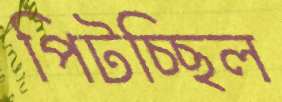
পিটচ্ছিল